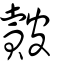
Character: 皾